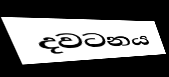
දවටනය